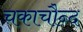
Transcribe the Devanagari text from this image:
चकाचौन्द